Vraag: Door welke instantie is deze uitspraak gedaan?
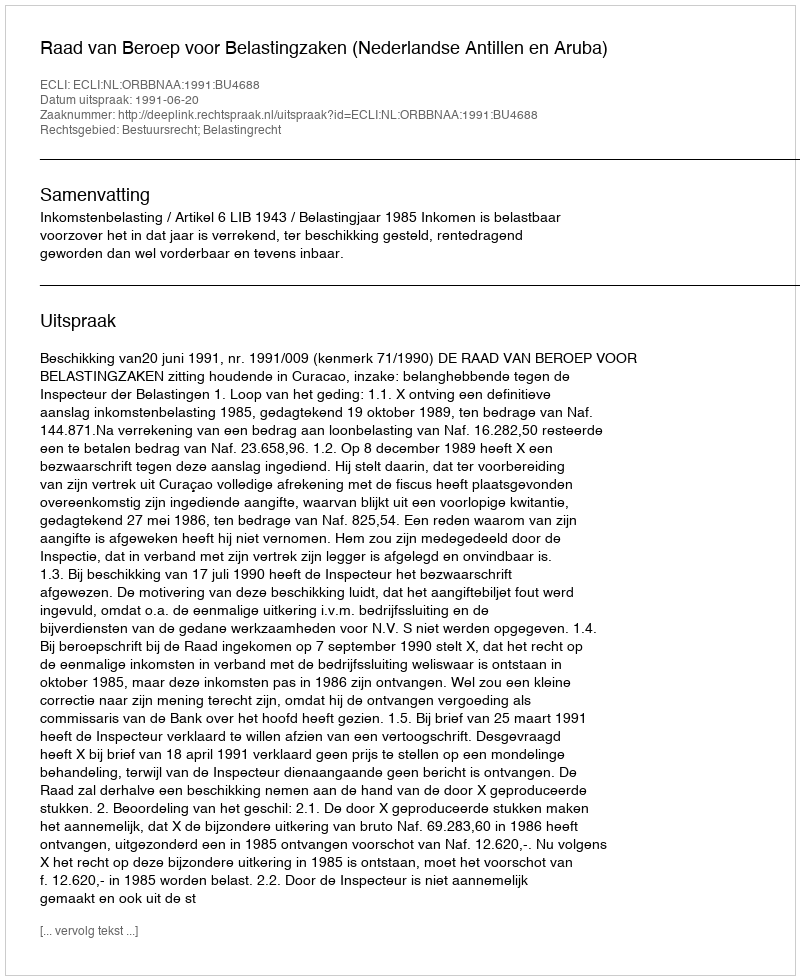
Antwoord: Raad van Beroep voor Belastingzaken (Nederlandse Antillen en Aruba)